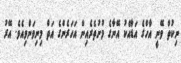
ނިކުތް ވޭނީ އާހްގެ އަޑާއެކު އޭނާގެ މުށުތެރެއިން އަހަރެންގެ އަތް މިނިވަންވިއެވެ. އޭރު